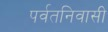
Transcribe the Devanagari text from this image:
पर्वतनिवासी